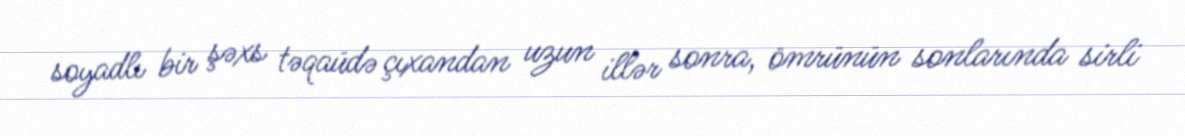
soyadlı bir şəxs təqaüdə çıxandan uzun illər sonra, ömrünün sonlarında sirli